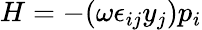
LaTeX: H=-(\omega\epsilon_{ij}y_{j})p_{i}